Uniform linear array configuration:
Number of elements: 64
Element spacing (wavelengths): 1
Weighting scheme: cosine
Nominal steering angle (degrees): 0
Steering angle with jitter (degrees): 0.6225
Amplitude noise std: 0.05
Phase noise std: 0.05

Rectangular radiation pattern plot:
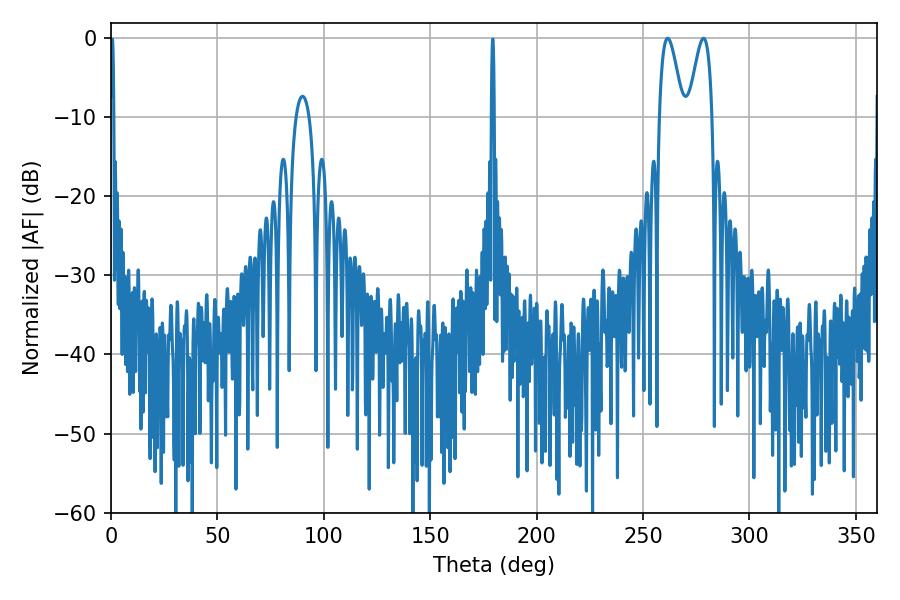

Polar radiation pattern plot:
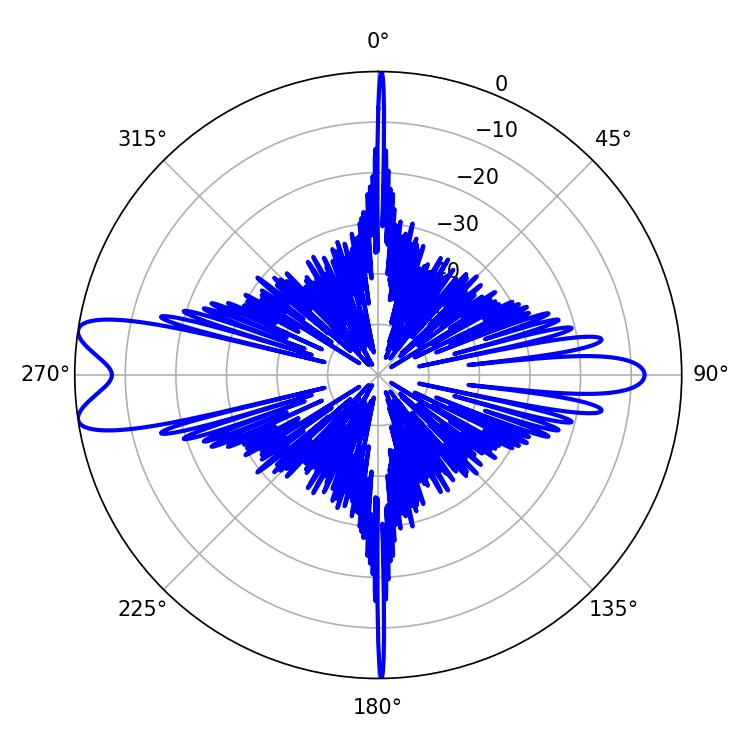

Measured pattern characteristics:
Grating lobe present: TRUE
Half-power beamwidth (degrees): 5.94
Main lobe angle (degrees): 261.54